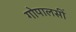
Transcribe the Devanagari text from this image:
गोपालसीं